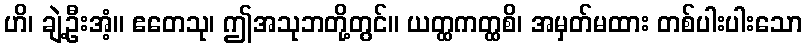
ဟိ၊ ချဲ့ဦးအံ့။ ဧတေသု၊ ဤအသုဘတို့တွင်။ ယတ္ထကတ္ထစိ၊ အမှတ်မထား တစ်ပါးပါးသော